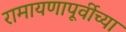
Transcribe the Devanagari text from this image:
रामायणापूर्वीच्या